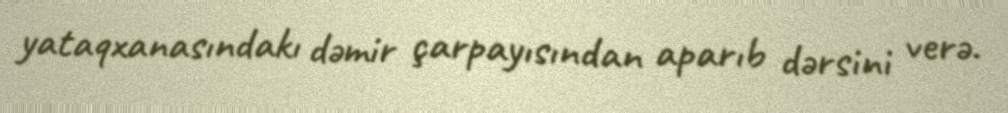
yataqxanasındakı dəmir çarpayısından aparıb dərsini verə.